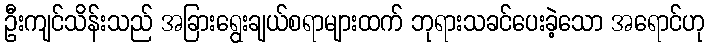
ဦးကျင်သိန်းသည် အခြားရွေးချယ်စရာများထက် ဘုရားသခင်ပေးခဲ့သော အရောင်ဟု